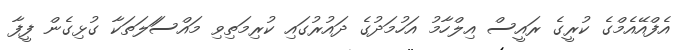
އެފްއޭއެމްގެ ކުރީގެ ރައީސް އިލްހާމު އަހުމަދުގެ ދައުރުގައި ކުރިމަތިވި މައްސަަލަތަކާ ގުޅިގެން ފީފާ